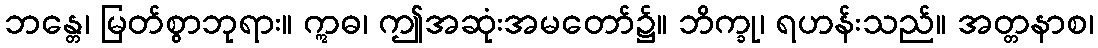
ဘန္တေ၊ မြတ်စွာဘုရား။ ဣဓ၊ ဤအဆုံးအမတော်၌။ ဘိက္ခု၊ ရဟန်းသည်။ အတ္တနာစ၊